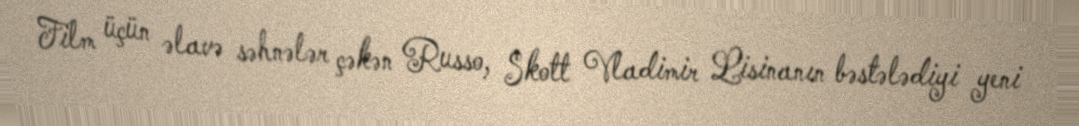
Film üçün əlavə səhnələr çəkən Russo, Skott Vladimir Lisinanın bəstələdiyi yeni